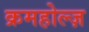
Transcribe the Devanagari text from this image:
क्रमहोल्ज़